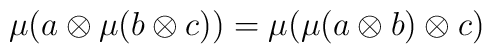
\mu(a \otimes \mu(b \otimes c)) =          \mu(\mu(a \otimes b) \otimes c)